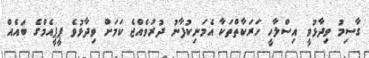
ގާސިމު ވިދާޅުވީ އިސްލާހީ ހަރަކާތްތަކާ އެމަނިކުފާނު ދުރުވެއްޖެ ކަމަށް ވިދާޅުވެ ޕީޕީއެމްގެ ބައެއް